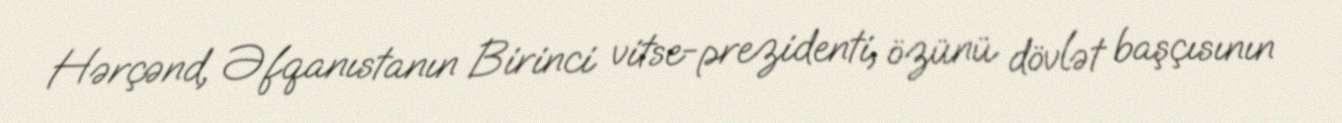
Hərçənd, Əfqanıstanın Birinci vitse-prezidenti, özünü dövlət başçısının